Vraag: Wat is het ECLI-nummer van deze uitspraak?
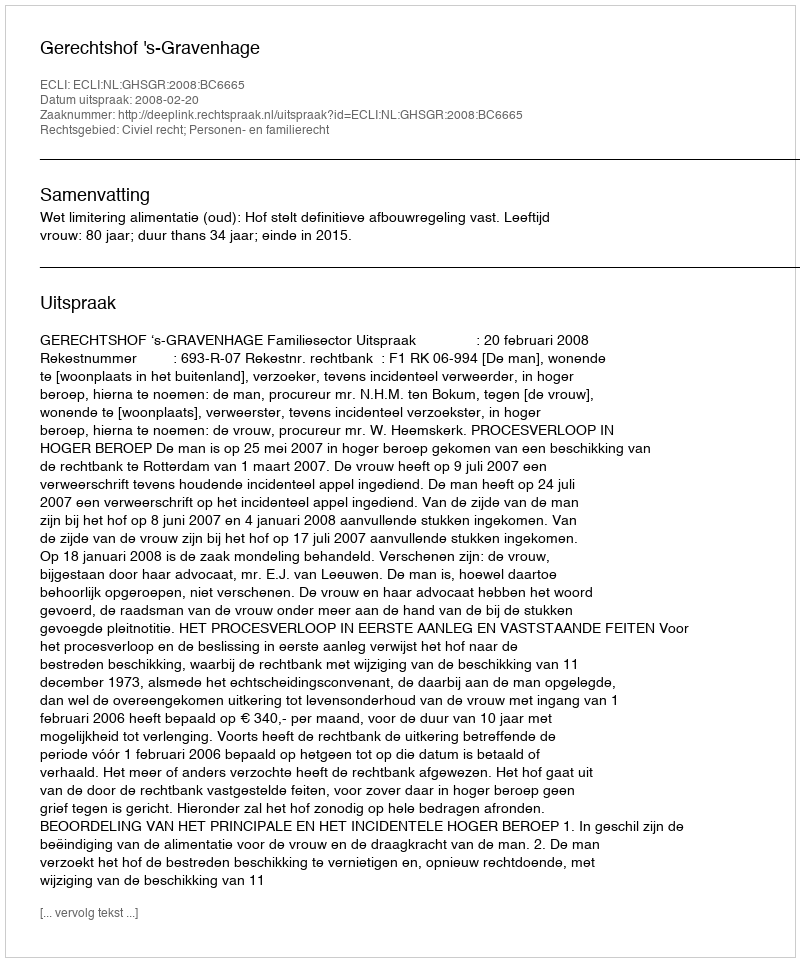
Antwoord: ECLI:NL:GHSGR:2008:BC6665